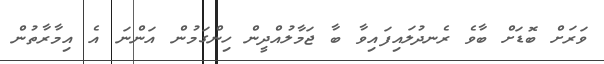
ވަރަށް ބޮޑަށް ބާވެ ރެނދުލައިފައިވާ ބާ ޖަމާލުއްދީން ހިންގަމުން އަންނަ އެ އިމާރާތުން